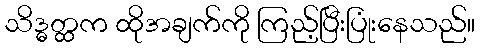
သိဒ္ဓတ္ထက ထိုအချက်ကို ကြည့်ပြီးပြုံးနေသည်။